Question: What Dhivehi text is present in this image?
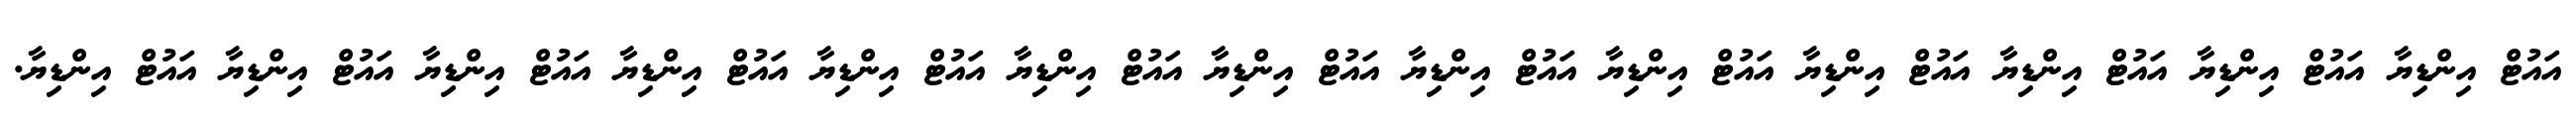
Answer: އައުޓް އިންޑިޔާ އައުޓް އިންޑިޔާ އައުޓް އިންޑިޔާ އައުޓް އިންޑިޔާ އައުޓް އިންޑިޔާ އައުޓް އިންޑިޔާ އައުޓް އިންޑިޔާ އައުޓް އިންޑިޔާ އައުޓް އިންޑިޔާ އައުޓް އިންޑިޔާ އައުޓް އިންޑިޔާ އައުޓް އިންޑިޔާ އައުޓް އިންޑިޔާ.